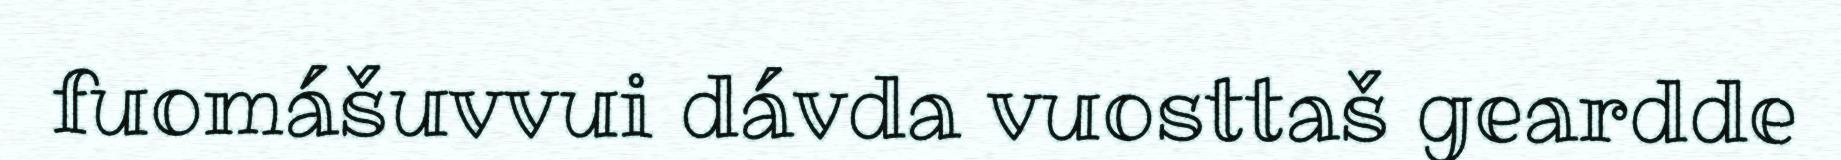
fuomášuvvui dávda vuosttaš geardde